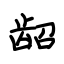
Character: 龆